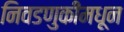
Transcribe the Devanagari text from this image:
निवडणुकींमधून